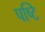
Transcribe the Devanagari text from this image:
पष्टि